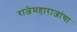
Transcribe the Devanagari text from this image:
राजेमहाराजांचा